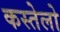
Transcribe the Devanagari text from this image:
कस्तेलो